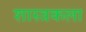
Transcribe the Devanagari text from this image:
शास्त्रकला